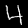
Label: 4